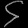
Digit: ၄